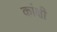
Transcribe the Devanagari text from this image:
कांक्षी